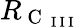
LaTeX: R_{\mathrm{~C~}_{\mathrm{~I~I~I~}}}